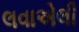
લવાએલી